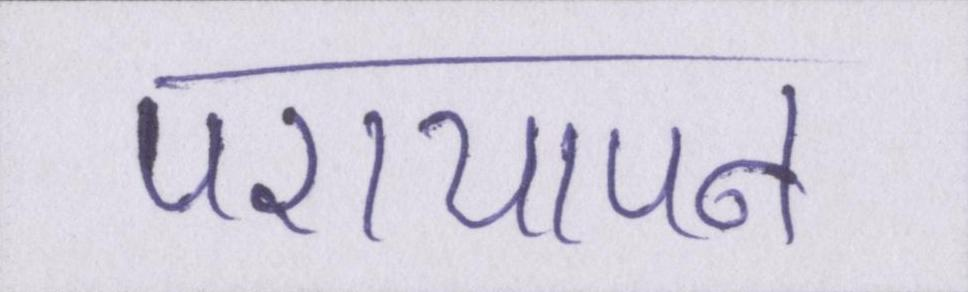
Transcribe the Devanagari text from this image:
परायापन